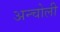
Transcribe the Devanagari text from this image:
अन्चोली